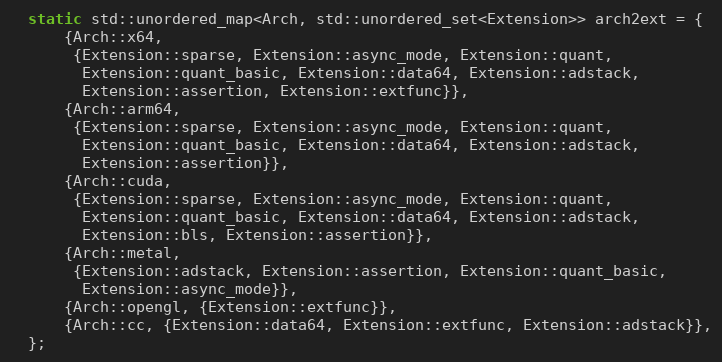
Language: C++
  static std::unordered_map<Arch, std::unordered_set<Extension>> arch2ext = {
      {Arch::x64,
       {Extension::sparse, Extension::async_mode, Extension::quant,
        Extension::quant_basic, Extension::data64, Extension::adstack,
        Extension::assertion, Extension::extfunc}},
      {Arch::arm64,
       {Extension::sparse, Extension::async_mode, Extension::quant,
        Extension::quant_basic, Extension::data64, Extension::adstack,
        Extension::assertion}},
      {Arch::cuda,
       {Extension::sparse, Extension::async_mode, Extension::quant,
        Extension::quant_basic, Extension::data64, Extension::adstack,
        Extension::bls, Extension::assertion}},
      {Arch::metal,
       {Extension::adstack, Extension::assertion, Extension::quant_basic,
        Extension::async_mode}},
      {Arch::opengl, {Extension::extfunc}},
      {Arch::cc, {Extension::data64, Extension::extfunc, Extension::adstack}},
  };